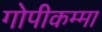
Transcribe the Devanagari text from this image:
गोपीकम्मा